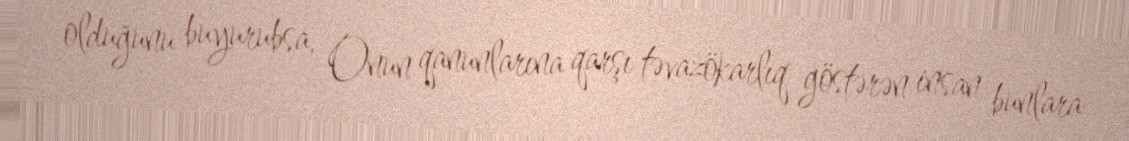
olduğunu buyurubsa, Onun qanunlarına qarşı təvazökarlıq göstərən insan bunlara